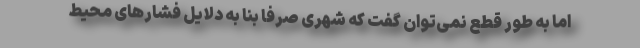
اما به طور قطع نمی‌توان گفت که شهری صرفا بنا به دلایل فشارهای محیط